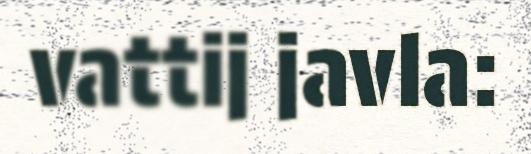
vattij javla: